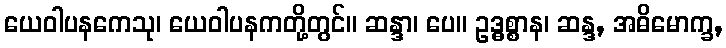
ယေဝါပနကေသု၊ ယေဝါပနကတို့တွင်။ ဆန္ဒာ၊ ပေ။ ဥဒ္ဓစ္စာန၊ ဆန္ဒ, အဓိမောက္ခ,